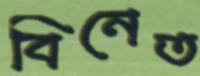
বিনেত